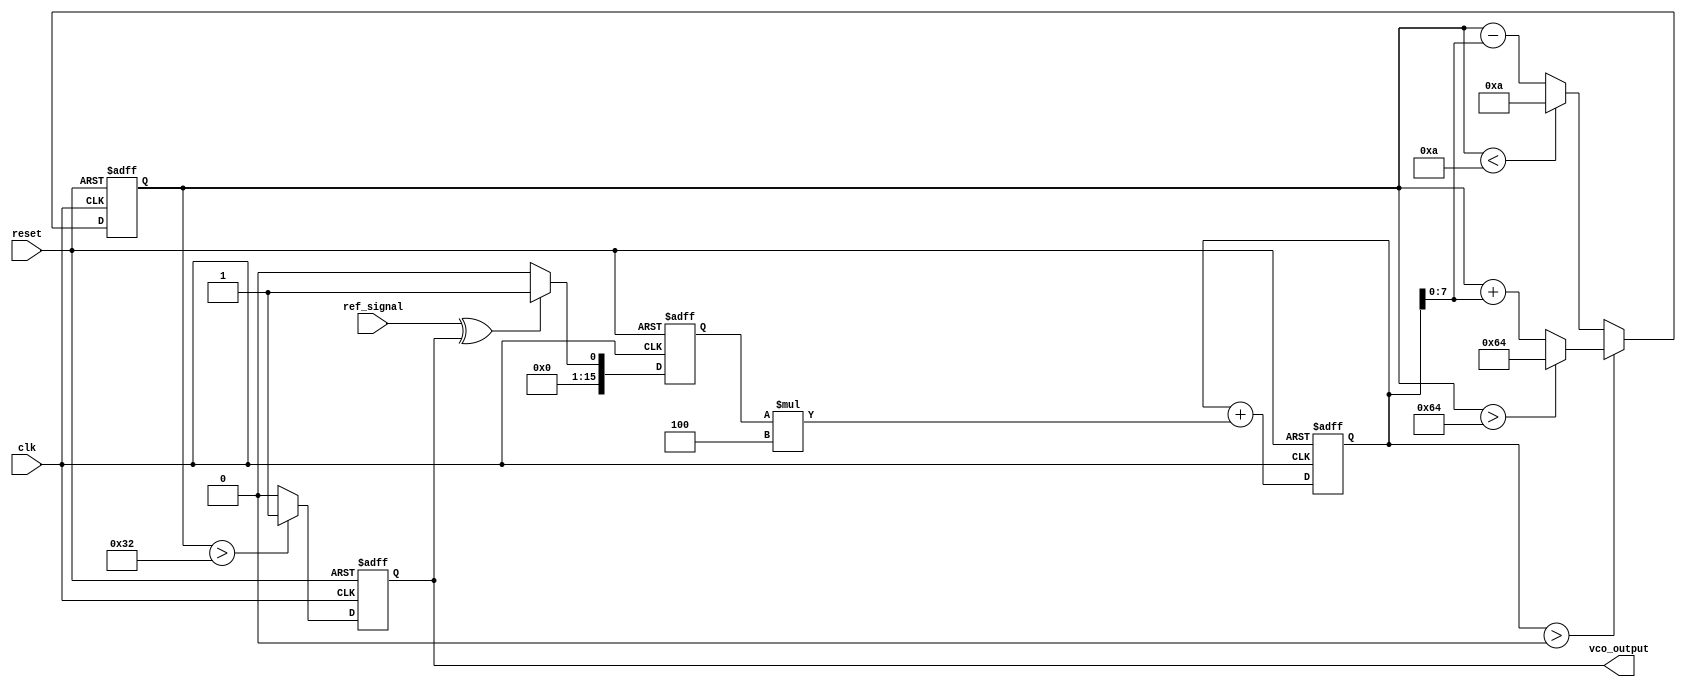
module dpll (
    input wire clk,               // System clock
    input wire reset,             // Reset signal
    input wire ref_signal,        // Reference input signal
    output reg vco_output         // VCO output signal
);

// Parameters for the DPLL
parameter integer LOOP_FILTER_GAIN = 4; // Gain for the loop filter
parameter integer VCO_MAX_FREQ = 100;    // Maximum frequency of VCO
parameter integer VCO_MIN_FREQ = 10;     // Minimum frequency of VCO

// Internal signals
reg [15:0] phase_error;              // Phase error signal
reg [15:0] control_voltage;           // Control voltage for VCO
reg [15:0] vco_frequency;             // Current frequency of VCO
reg [15:0] memory_block [0:3];        // Memory block for parameters

// Phase Detector
always @(posedge clk or posedge reset) begin
    if (reset) begin
        phase_error <= 0;
    end else begin
        // Simple phase detector logic (XOR for demonstration)
        phase_error <= (ref_signal ^ vco_output) ? 1 : 0;
    end
end

// Loop Filter
always @(posedge clk or posedge reset) begin
    if (reset) begin
        control_voltage <= 0;
    end else begin
        // Simple low-pass filter (integrator)
        control_voltage <= control_voltage + (phase_error * LOOP_FILTER_GAIN);
    end
end

// Voltage-Controlled Oscillator (VCO)
always @(posedge clk or posedge reset) begin
    if (reset) begin
        vco_frequency <= VCO_MIN_FREQ; // Start at minimum frequency
        vco_output <= 0;
    end else begin
        // Adjust VCO frequency based on control voltage
        if (control_voltage > 0) begin
            vco_frequency <= vco_frequency + control_voltage[7:0]; // Adjust frequency
            if (vco_frequency > VCO_MAX_FREQ) begin
                vco_frequency <= VCO_MAX_FREQ; // Clamp to max frequency
            end
        end else begin
            vco_frequency <= vco_frequency - control_voltage[7:0]; // Adjust frequency
            if (vco_frequency < VCO_MIN_FREQ) begin
                vco_frequency <= VCO_MIN_FREQ; // Clamp to min frequency
            end
        end
        
        // Generate VCO output based on frequency
        vco_output <= (vco_frequency > 50) ? 1 : 0; // Simple output toggle for demonstration
    end
end

// Memory Block Initialization
initial begin
    memory_block[0] = 16'h0001; // Example parameter 1
    memory_block[1] = 16'h0002; // Example parameter 2
    memory_block[2] = 16'h0003; // Example parameter 3
    memory_block[3] = 16'h0004; // Example parameter 4
end

endmodule